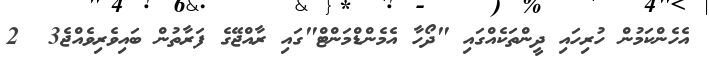
އެހެންކަމުން ހުރިހައި ދީންތަކެއްގައި "ދޯހާ އެމެންޑްމަންޓް"ގައި ރާއްޖޭގެ ފަރާތުން ބައިވެރިވެއްޖެ3  2